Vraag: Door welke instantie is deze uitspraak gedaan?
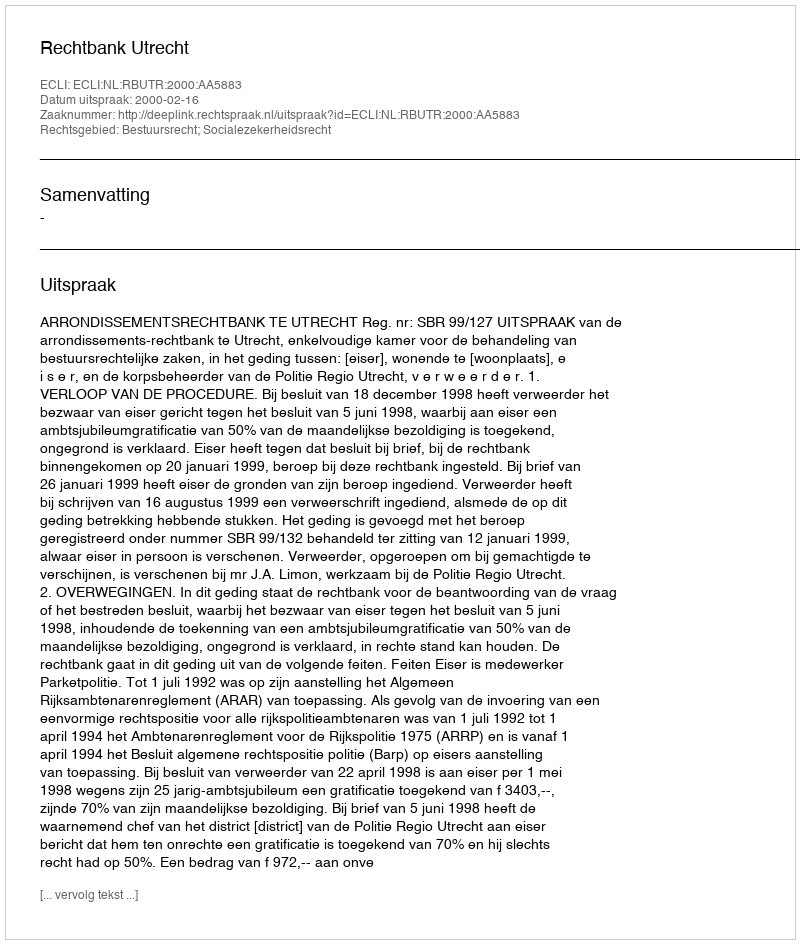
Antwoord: Rechtbank Utrecht